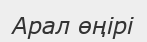
Арал өңірі